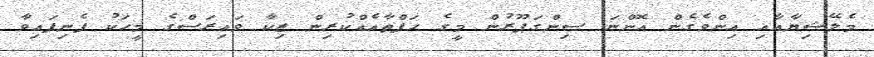
މެލޭޝިޔާއާއި އިންވެގެން އޮންނަ ސިންގަޕޫރުން މީގެ ހަފްތާއެއްކުރިން ޒިކާ ވައިރަސްގެ މީހަކު ފެނިފައިވާ